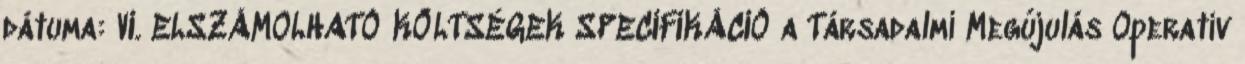
dátuma: VI. ELSZÁMOLHATÓ KÖLTSÉGEK SPECIFIKÁCIÓ a Társadalmi Megújulás Operatív